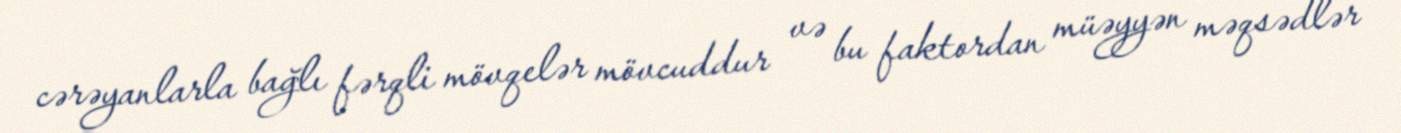
cərəyanlarla bağlı fərqli mövqelər mövcuddur və bu faktordan müəyyən məqsədlər